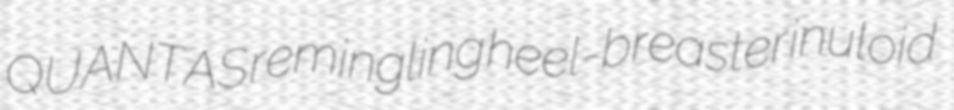
QUANTAS remingling heel-breaster inuloid